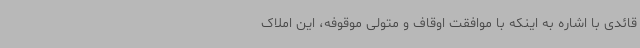
قائدی با اشاره به اینکه با موافقت اوقاف و متولی موقوفه، این املاک